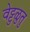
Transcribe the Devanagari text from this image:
वेट्टुळुतु